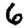
Digit: 6